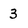
Character: 3